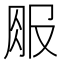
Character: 𱼃